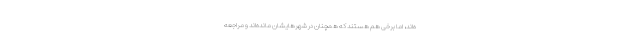
ه‌اند، اما برخی هم هستند که همچنان در شهرهایشان مانده‌اند و مراجعه